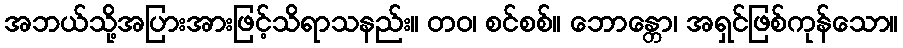
အဘယ်သို့အပြားအားဖြင့်သိရာသနည်း။ တဝ၊ စင်စစ်။ ဘောန္တော၊ အရှင်ဖြစ်ကုန်သော။